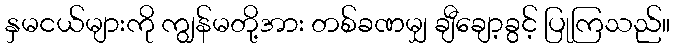
နှမငယ်များကို ကျွန်မတို့အား တစ်ခဏမျှ ချီချော့ခွင့် ပြုကြသည်။